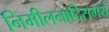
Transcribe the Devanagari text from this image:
निमीलनादिसमये